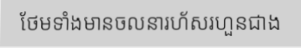
ថែមទាំងមានចលនារហ័សរហួនជាង